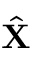
\hat { \textbf { X } }